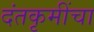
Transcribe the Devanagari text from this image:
दंतकृमींचा